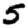
Digit: 5